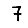
Digit: 7